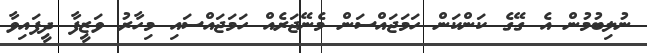
ނުލިބުމުން އެ ގޭގެ ކަންކަން ހަމަޖައްސަން މެނޭޖަރެއް ހަމަޖައްސައި މިހާރު ވަޒީފާ ދީފައިވާ